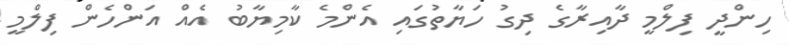
ހިންދީ ފިލްމީ ދާއިރާގެ ދިގު ހަޔާތުގައި އެންމެ ކާމިޔާބު އެއް އަންހެން ފިލްމީ